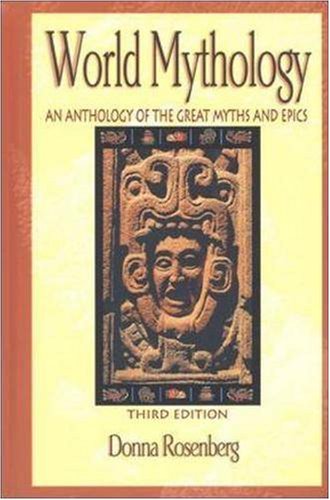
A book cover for World Mythology: An Anthology of Great Myths and Epics; Donna Rosenberg; Politics & Social Sciences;